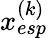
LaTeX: x_{esp}^{(k)}